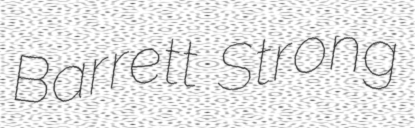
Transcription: Barrett Strong